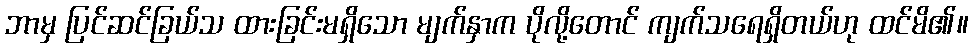
ဘာမှ ပြင်ဆင်ခြယ်သ ထားခြင်းမရှိသော မျက်နှာက ပိုလို့တောင် ကျက်သရေရှိတယ်ဟု ထင်မိ၏။